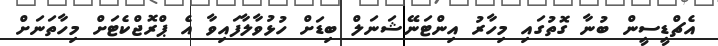
އެޗްޑީސީން ބުނާ ގޮތުގައި މިހާރު އިންޓަނޭޝަނަލް ބިޑަށް ހުޅުވާލާފައިވާ އެ ޕްރޮޖްކެޓަށް މިހާތަނަށް